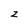
Character: z